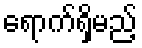
ရောက်ရှိမည့်